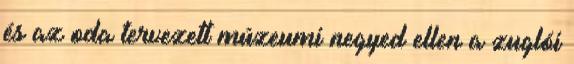
és az oda tervezett múzeumi negyed ellen a zuglói